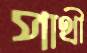
পাথী